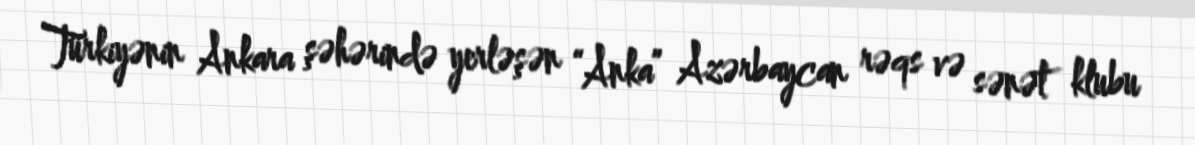
Türkiyənin Ankara şəhərində yerləşən “Anka” Azərbaycan rəqs və sənət klubu